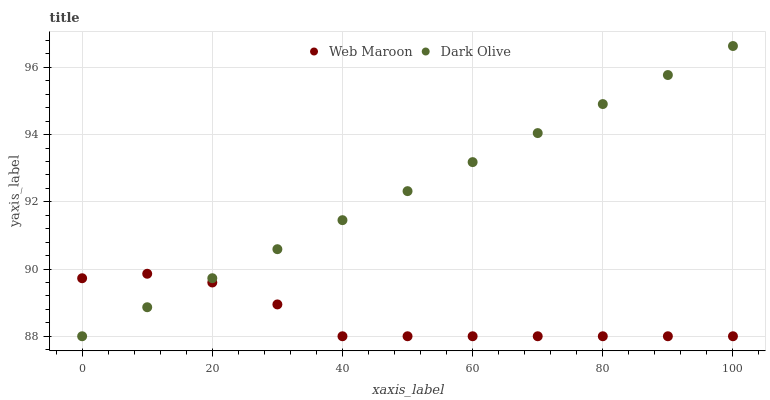
| xaxis_label | Web Maroon | Dark Olive |
 | --- | --- | --- |
 | 0 | 89.7 | 88 |
 | 10 | 89.9 | 88.9 |
 | 20 | 89.6 | 89.7 |
 | 30 | 88.9 | 90.6 |
 | 40 | 88 | 91.5 |
 | 50 | 88 | 92.3 |
 | 60 | 88 | 93.2 |
 | 70 | 88 | 94 |
 | 80 | 88 | 94.9 |
 | 90 | 88 | 95.8 |
 | 100 | 88 | 96.6 |